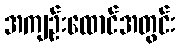
အကျဉ်းထောင်အတွင်း